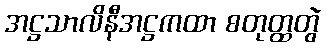
အဋ္ဌသာလိနီအဋ္ဌကထာ စတုတ္ထတွဲ